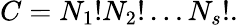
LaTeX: C=N_{1}!N_{2}!\ldots N_{s}!.